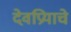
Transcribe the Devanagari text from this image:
देवप्रियाचे